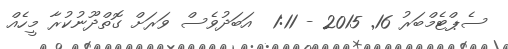
ސެޕްޓެމްބަރު 16